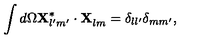
\int d \Omega { \bf X } _ { l ^ { \prime } m ^ { \prime } } ^ { * } \cdot { \bf X } _ { l m } ^ { \vphantom { * } } = \delta _ { l l ^ { \prime } } \delta _ { m m ^ { \prime } } ,